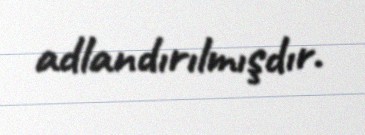
adlandırılmışdır.